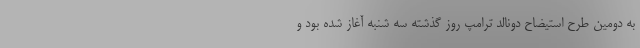
به دومین طرح استیضاح دونالد ترامپ روز گذشته سه شنبه آغاز شده بود و